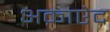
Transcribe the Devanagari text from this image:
अक़ाऐद